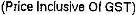
(PRICE INCLUSIVE OF GST)